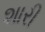
શારી